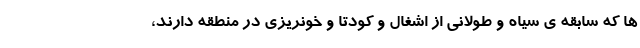
ها که سابقه ی سیاه و طولانی از اشغال و کودتا و خونریزی در منطقه دارند،